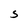
Character: S